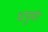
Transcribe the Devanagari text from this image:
धपुर्मर